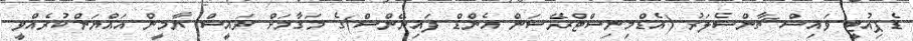
ޑެޕިއުޓީ ވައިސް ޗާންސެލަރު (އެޑްމިނިސްޓްރޭޝަން އެންޑް ފައިނޭންސް)ގެ މަގާމަށް ރައީސް ޔާމީން އައްޔަންކުރެއްވީ